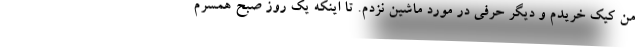
من کیک خریدم و دیگر حرفی در مورد ماشین نزدم. تا اینکه یک روز صبح همسرم